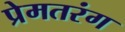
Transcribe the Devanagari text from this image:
प्रेमतरंग